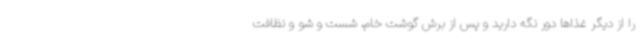
را از دیگر غذاها دور نگه دارید و پس از برش گوشت خام، شست و شو و نظافت